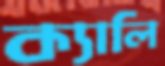
ক্যালি